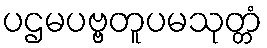
ပဌမပဗ္ဗတူပမသုတ္တံ